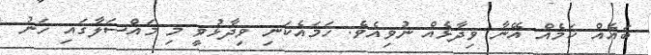
ބައެއް ކަމެއް އޭނާ ވިދާޅެއް ނުވިއެވެ. ހަމައެކަނި ވިދާޅުވީ މި މައްސަލާގައި ހަނު